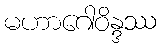
မဟာဂေါဝိန္ဒဿ